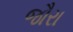
જૌરા